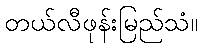
တယ်လီဖုန်းမြည်သံ။